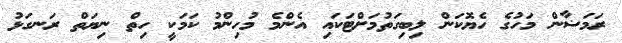
ރަމަޟާން މަހުގެ ހެޔޮކަން ލިބިގަތުމަށްޓަކައި އެންމެ މުހިންމު ކަމަކީ ހިތް ނިޔަތް ރަނގަޅު